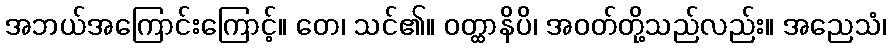
အဘယ်အကြောင်းကြောင့်။ တေ၊ သင်၏။ ဝတ္ထာနိပိ၊ အဝတ်တို့သည်လည်း။ အညေသံ၊